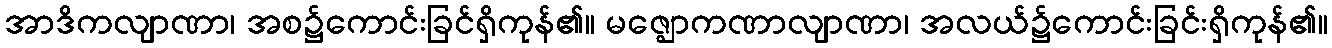
အာဒိကလျာဏာ၊ အစ၌ကောင်းခြင်ရှိကုန်၏။ မဇ္ဈောကဏာလျာဏာ၊ အလယ်၌ကောင်းခြင်းရှိကုန်၏။